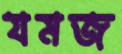
যমজ